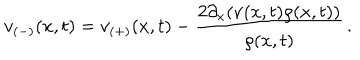
v _ { ( - ) } ( x , t ) = v _ { ( + ) } ( x , t ) - \frac { 2 \partial _ { x } ( \nu ( x , t ) \rho ( x , t ) ) } { \rho ( x , t ) } \, .